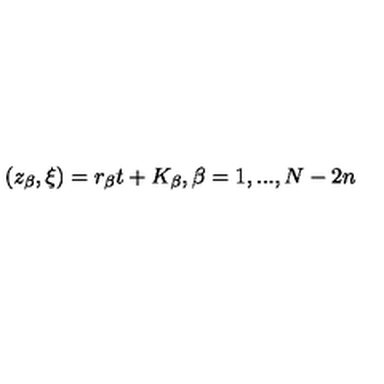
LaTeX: ( z _ { \beta } , \xi ) = r _ { \beta } t + K _ { \beta } , \beta = 1 , . . . , N - 2 n